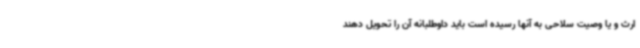
ارث و یا وصیت سلاحی به آنها رسیده است باید داوطلبانه آن را تحویل دهند